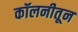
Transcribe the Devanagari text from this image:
कॉलनीतून